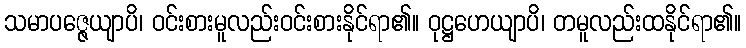
သမာပဇ္ဇေယျာပိ၊ ဝင်းစားမူလည်းဝင်းစားနိုင်ရာ၏။ ဝုဋ္ဌဟေယျာပိ၊ တမူလည်းထနိုင်ရာ၏။